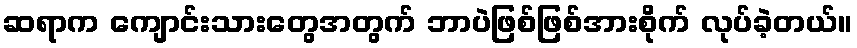
ဆရာက ကျောင်းသားတွေအတွက် ဘာပဲဖြစ်ဖြစ်အားစိုက် လုပ်ခဲ့တယ်။